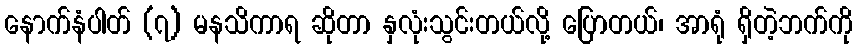
နောက်နံပါတ် (၇) မနသိကာရ ဆိုတာ နှလုံးသွင်းတယ်လို့ ပြောတယ်၊ အာရုံ ရှိတဲ့ဘက်ကို